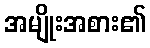
အမျိုးအစား၏